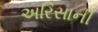
અરિસાની